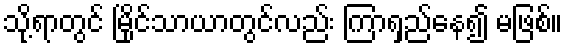
သို့ရာတွင် မြိုင်သာယာတွင်လည်း ကြာရှည်နေ၍ မဖြစ်။